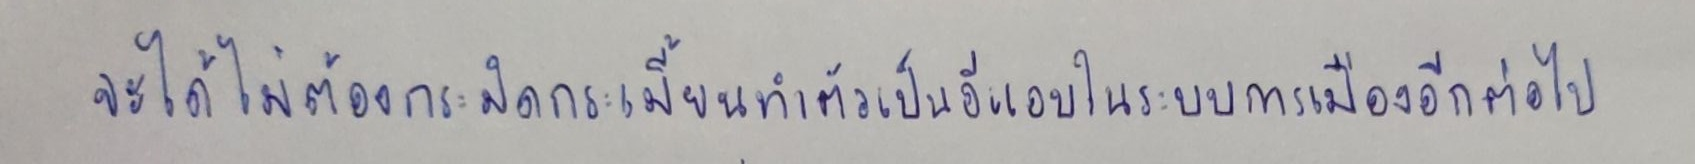
จะได้ไม่ต้องกระมิดกระเมี้ยนทำตัวเป็นอีแอบในระบบการเมืองอีกต่อไป